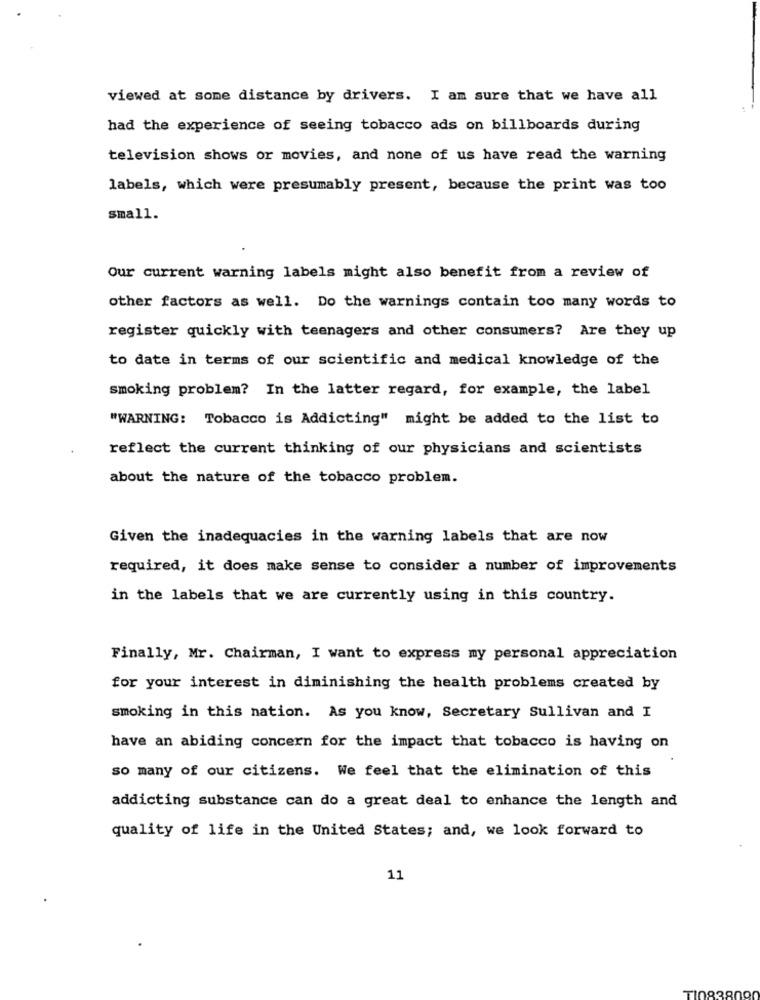
viewed at some distance by drivers. I am sure that we have all
had the experience of seeing tobacco ads on billboards during
television shows or movies, and none of us have read the warning
labels, which were presumably present, because the print was too
small.
Our current warning labels might also benefit from a review of
other factors as well. Do the warnings contain too many words to
register quickly with teenagers and other consumers? Are they up
to date in terms of our scientific and medical knowledge of the
smoking problem? In the latter regard, for example, the label
"WARNING: Tobacco is Addicting" might be added to the list to
reflect the current thinking of our physicians and scientists
about the nature of the tobacco problem.
Given the inadequacies in the warning labels that are now
required, it does make sense to consider a number of improvements
in the labels that we are currently using in this country.
Finally, Mr. Chairman, I want to express my personal appreciation
for your interest in diminishing the health problems created by
smoking in this nation. As you know, Secretary Sullivan and I
have an abiding concern for the impact that tobacco is having on
so many of our citizens. We feel that the elimination of this
addicting substance can do a great deal to enhance the length and
quality of life in the United States; and, we look forward to
11
TI08380